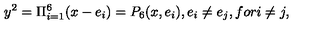
y ^ { 2 } = \Pi _ { i = 1 } ^ { 6 } ( x - e _ { i } ) = P _ { 6 } ( x , e _ { i } ) , e _ { i } \neq e _ { j } , f o r i \neq j ,